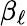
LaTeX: \beta_{\ell}